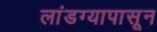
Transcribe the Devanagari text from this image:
लांडग्यापासून